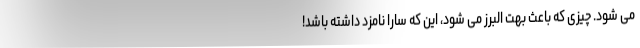
می شود. چیزی که باعث بهت البرز می شود، این که سارا نامزد داشته باشد!